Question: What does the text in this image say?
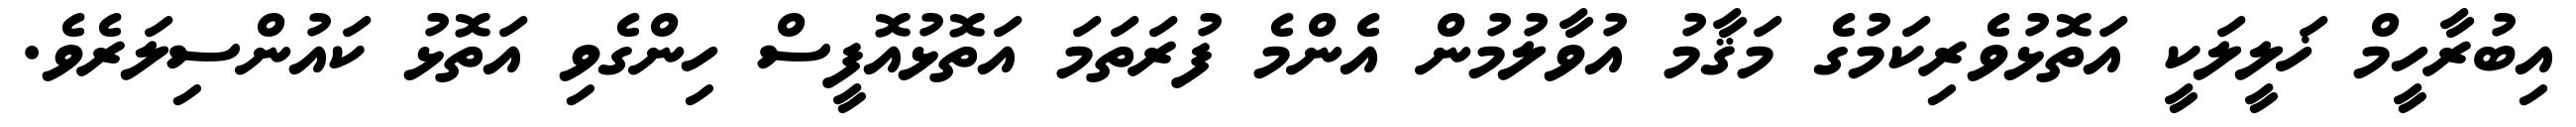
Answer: އިބުރާހީމް ޚަލީލަކީ އަތޮޅުވެރިކަމުގެ މަޤާމު އުވާލުމުން އެންމެ ފުރަތަމަ އަތޮޅުއޮފީސް ހިންގެވި އަތޮޅު ކައުންސިލަރެވެ.